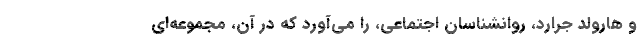
و هارولد جرارد، روانشناسان اجتماعی، را می‌آورد که در آن، مجموعه‌ای